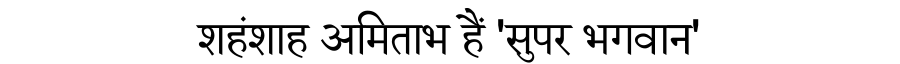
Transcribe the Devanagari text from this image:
शहंशाह अमिताभ हैं 'सुपर भगवान'